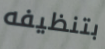
بتنظيفه